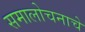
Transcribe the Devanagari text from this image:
समालोचनाचे